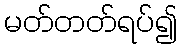
မတ်တတ်ရပ်၍